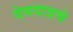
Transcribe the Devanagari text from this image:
देवदाहचे